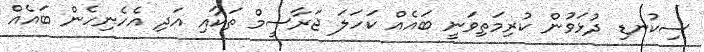
ސިކުނޑި ދުޅަވުން ކުރިމަތިވަނީ ބައެއް ކަހަލަ ޖަރާސީމް ތަކާއި އަދި އެހެނިހެން ބައެއް